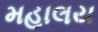
મહાલય